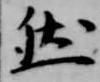
然